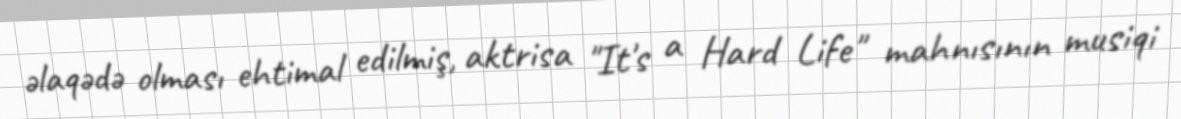
əlaqədə olması ehtimal edilmiş, aktrisa "It's a Hard Life" mahnısının musiqi